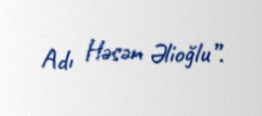
Adı Həsən Əlioğlu”.